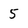
Character: 5